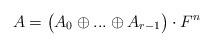
\begin{align*} A = \big( A_0 \oplus ... \oplus A_{r-1} \big) \cdot F^n\end{align*}